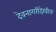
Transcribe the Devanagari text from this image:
देवनागरीदेखील